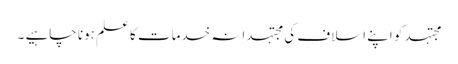
مجتہد کو اپنے اسلاف کی مجتہدانہ خدمات کا علم ہونا چاہیے ۔